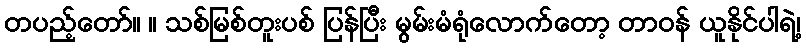
တပည့်တော်။ ။ သစ်မြစ်တူးပစ် ပြန်ပြီး မွမ်းမံရုံလောက်တော့ တာဝန် ယူနိုင်ပါရဲ့၊